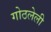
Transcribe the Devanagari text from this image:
गोठलेली